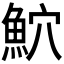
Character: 𫙕